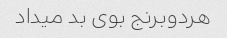
هردو‌برنج بوی بد میداد